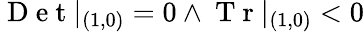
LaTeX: \mathrm{~D~e~t~}|_{(1,0)}=0\land\mathrm{~T~r~}|_{(1,0)}<0